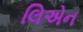
લિએન